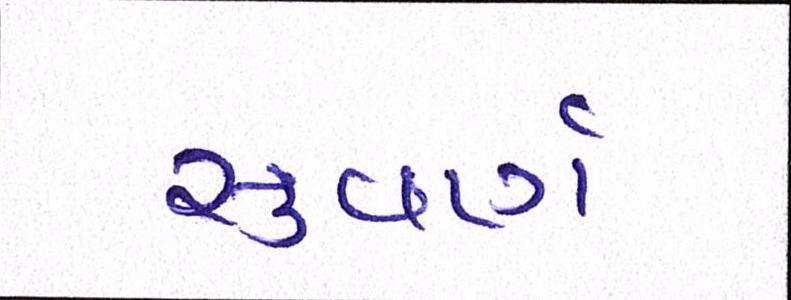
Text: સુવર્ણ